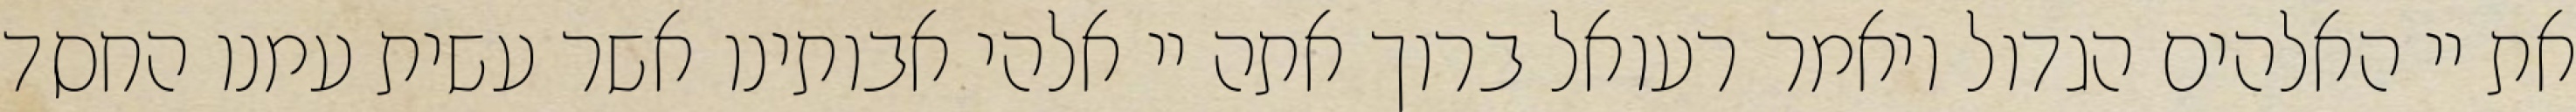
את יי האלהים הגדול ויאמר רעואל ברוך אתה יי אלהי אבותינו אשר עשית עמנו החסד